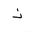
Letter: _thal